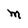
Character: M